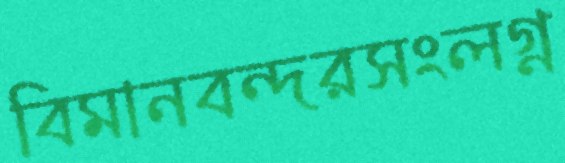
বিমানবন্দরসংলগ্ন